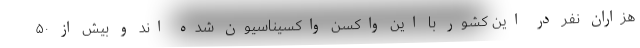
هزاران نفر در این کشور با این واکسن واکسیناسیون شده اند و بیش از ۵۰